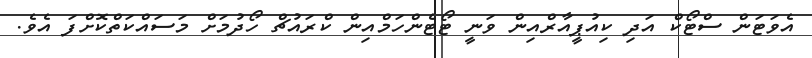
އެވަޓަން ސްޓޯކް އަދި ކިއުޕީއާރްއިން ވަނީ ޓޯޓެންހަމްއިން ކްރައުޗް ހޯދުމަށް މަސައްކަތްކޮށްފަ އެވެ.